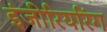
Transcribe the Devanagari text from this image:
इंजीरियरिंग